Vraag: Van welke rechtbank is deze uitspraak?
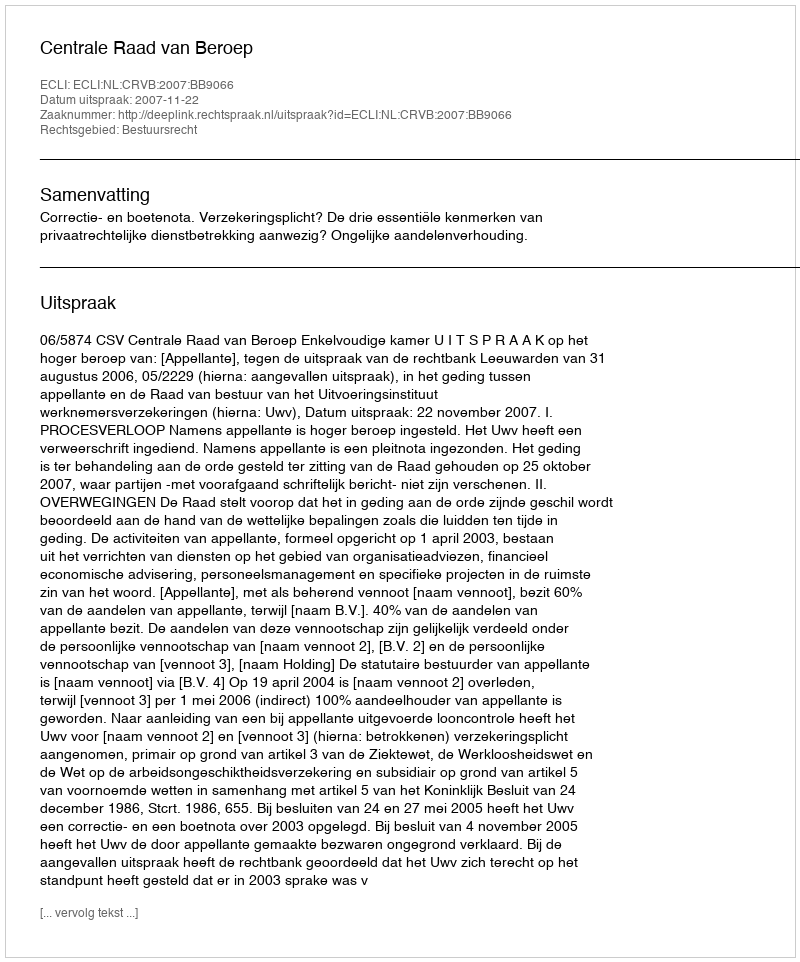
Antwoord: Centrale Raad van Beroep